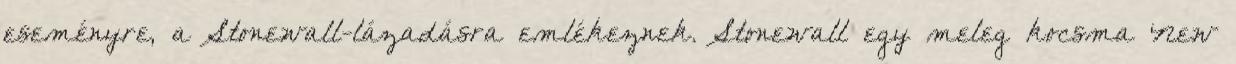
eseményre, a Stonewall-lázadásra emlékeznek. Stonewall egy meleg kocsma New